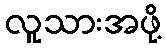
လူသားအဖို့